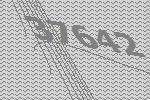
37642